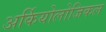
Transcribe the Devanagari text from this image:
अर्कियोलोजिकल